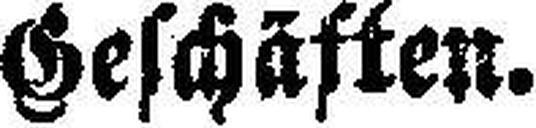
Geschäften.